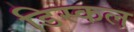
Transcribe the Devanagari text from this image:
डिस्कल